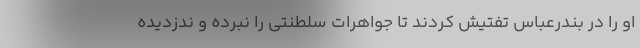
او را در بندرعباس تفتیش کردند تا جواهرات سلطنتی را نبرده و ندزدیده